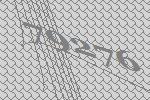
79276